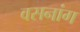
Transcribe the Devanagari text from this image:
वसनांग